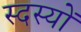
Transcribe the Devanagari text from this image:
स्दस्यों